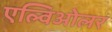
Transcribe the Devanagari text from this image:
एल्विओलर